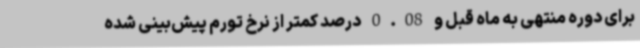
برای دوره منتهی به ماه قبل و 0.08 درصد کمتر از نرخ تورم پیش‌بینی شده